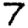
Digit: 7